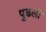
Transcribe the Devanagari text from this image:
पुढली